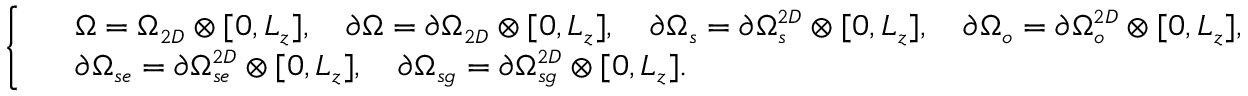
\small \left\{ \begin{array} { r l } & { \Omega = \Omega _ { 2 D } \otimes [ 0 , L _ { z } ] , \quad \partial \Omega = \partial \Omega _ { 2 D } \otimes [ 0 , L _ { z } ] , \quad \partial \Omega _ { s } = \partial \Omega _ { s } ^ { 2 D } \otimes [ 0 , L _ { z } ] , \quad \partial \Omega _ { o } = \partial \Omega _ { o } ^ { 2 D } \otimes [ 0 , L _ { z } ] , } \\ & { \partial \Omega _ { s e } = \partial \Omega _ { s e } ^ { 2 D } \otimes [ 0 , L _ { z } ] , \quad \partial \Omega _ { s g } = \partial \Omega _ { s g } ^ { 2 D } \otimes [ 0 , L _ { z } ] . } \end{array} \right.